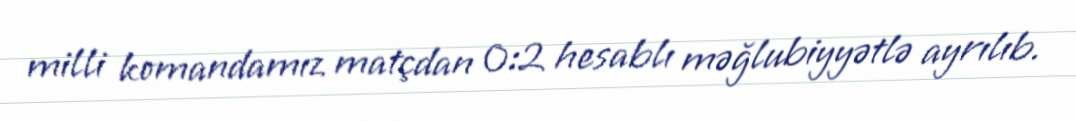
milli komandamız matçdan 0:2 hesablı məğlubiyyətlə ayrılıb.